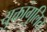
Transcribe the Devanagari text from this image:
युक्तांगुलित